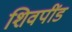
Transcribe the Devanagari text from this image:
शिवपींड